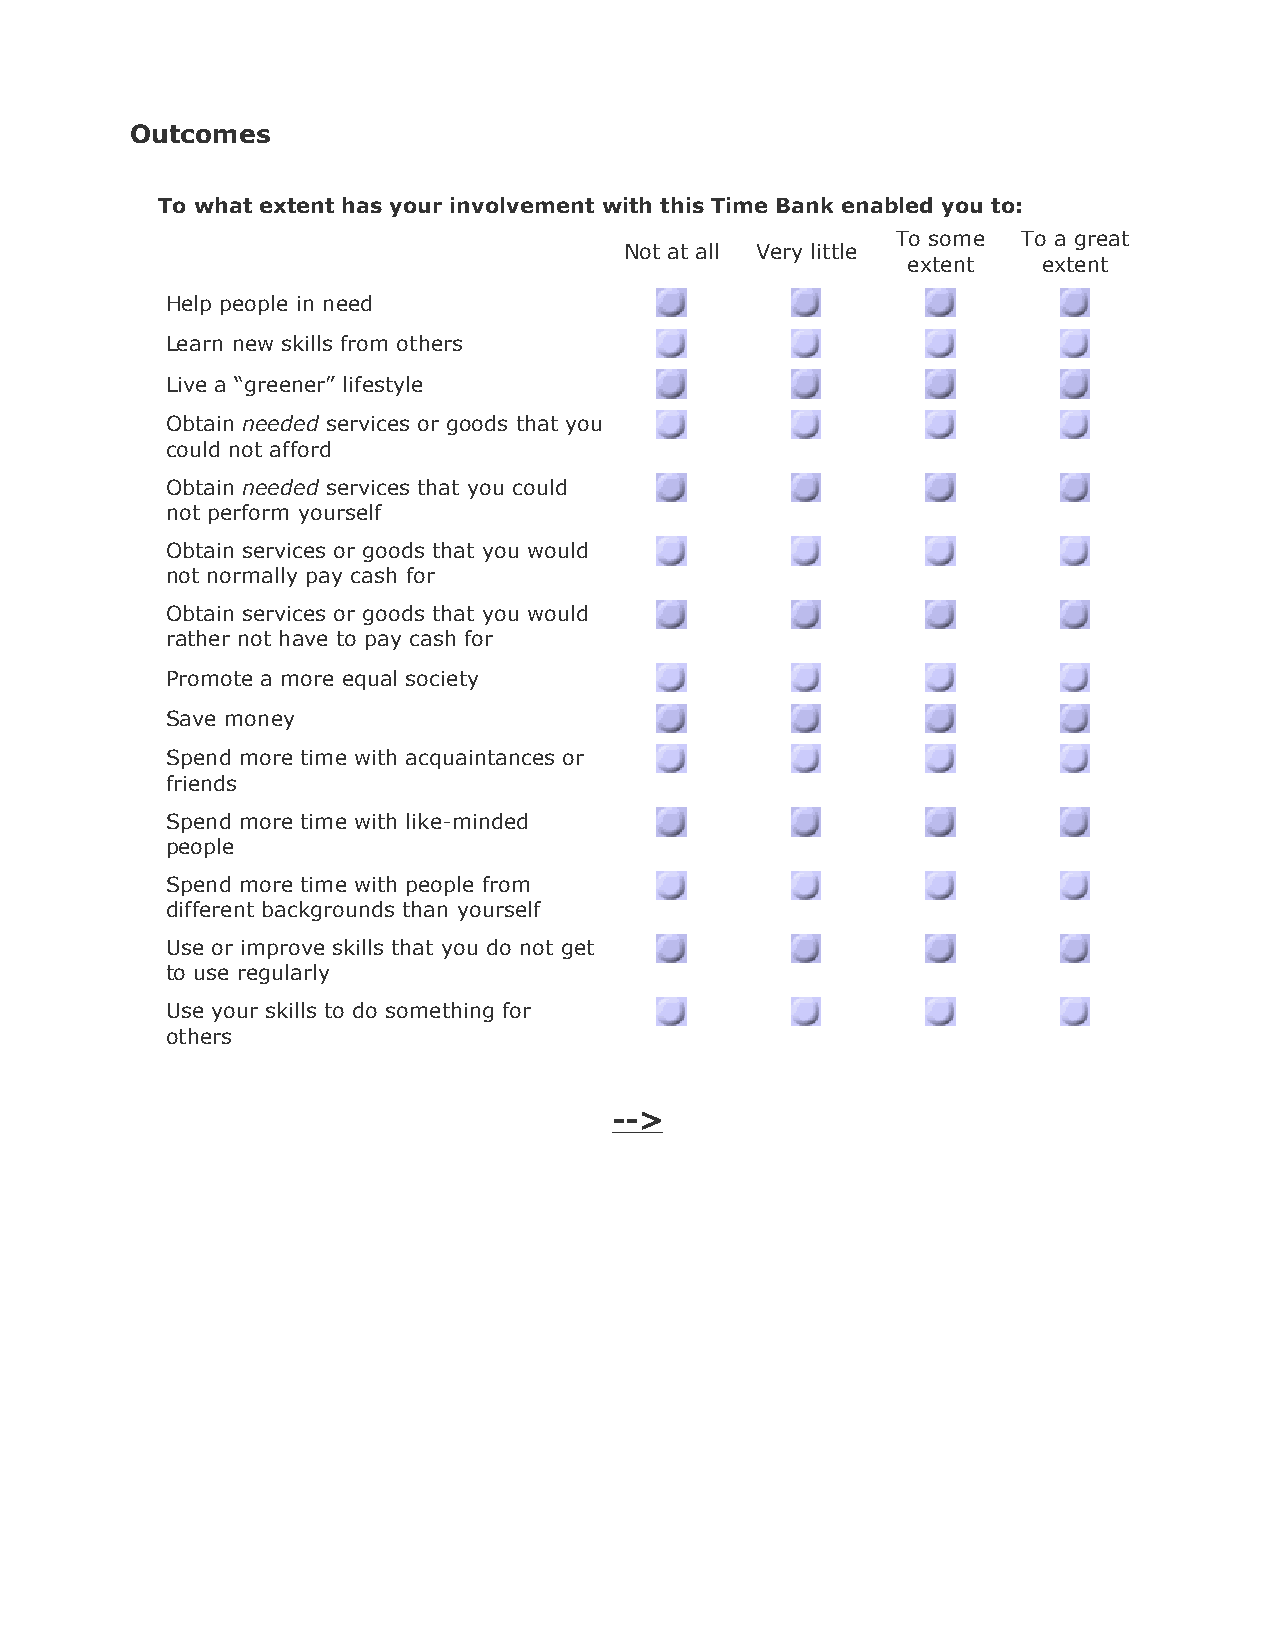
Outcomes
 To what extent has your involvement with this Time Bank enabled you to:
 To some  To a great
 Not at all Very little
 extent   extent
 Help people in need
 Learn new skills from others
 Live a “greener” lifestyle
 Obtain needed services or goods that you
 could not afford
 Obtain needed services that you could
 not perform yourself
 Obtain services or goods that you would
 not normally pay cash for
 Obtain services or goods that you would
 rather not have to pay cash for
 Promote a more equal society
 Save money
 Spend more time with acquaintances or
 friends
 Spend more time with like-minded
 people
 Spend more time with people from
 different backgrounds than yourself
 Use or improve skills that you do not get
 to use regularly
 Use your skills to do something for
 others
 -->